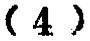
\((4)\)